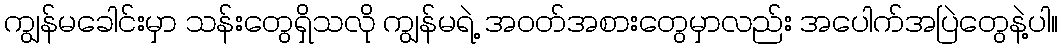
ကျွန်မခေါင်းမှာ သန်းတွေရှိသလို ကျွန်မရဲ့ အဝတ်အစားတွေမှာလည်း အပေါက်အပြဲတွေနဲ့ပါ။